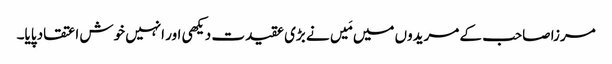
مرزا صاحب کے مریدوں میں مَیں نے بڑی عقیدت دیکھی اور انہیں خوش اعتقاد پایا۔